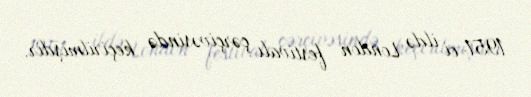
1951-ci ildə London festivalı çərçivəsində keçirilmişdir.